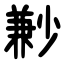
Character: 㝺